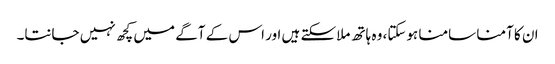
ان کا آمنا سامنا ہوسکتا، وہ ہاتھ ملاسکتے ہیں اور اس کے آگے میں کچھ نہیں جانتا۔